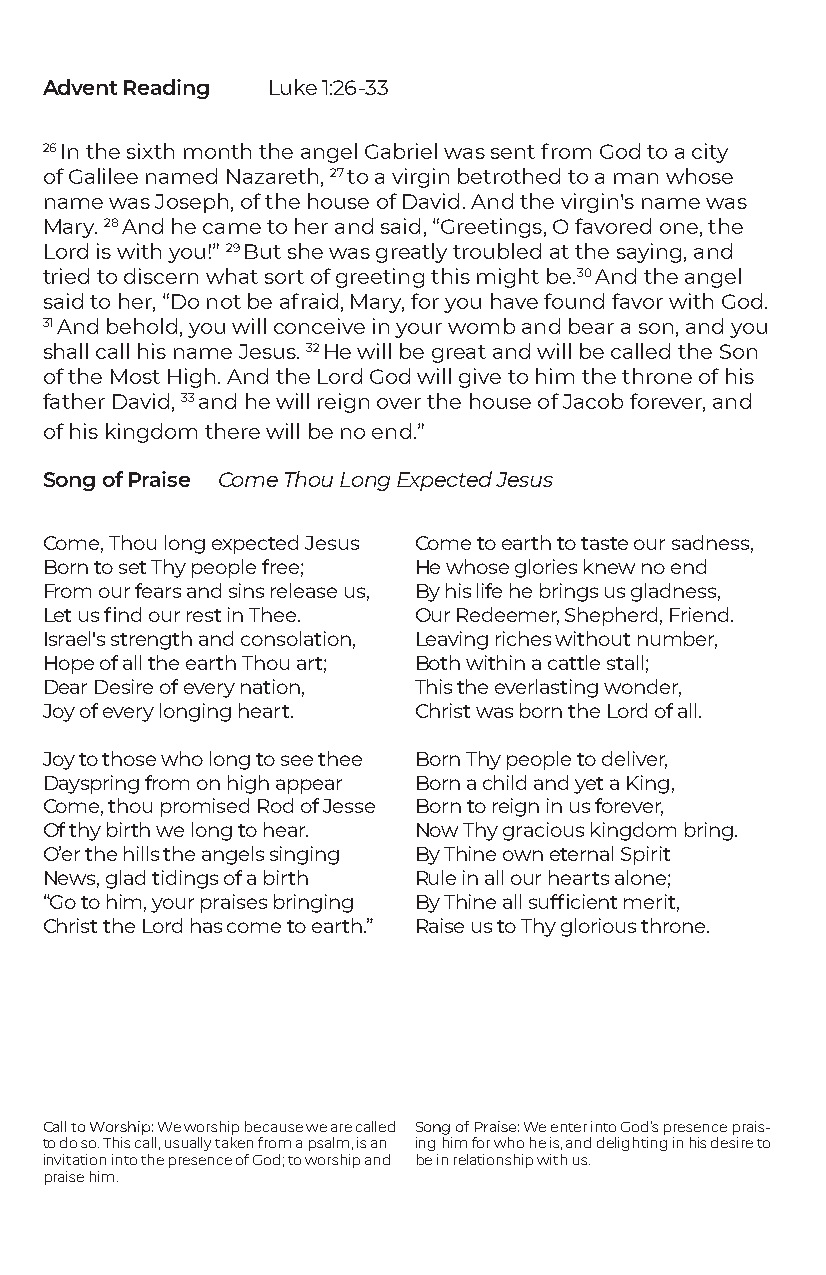
Advent Reading Luke 1:26-33
 26 In the sixth month the angel Gabriel was sent from God to a city
 of Galilee named Nazareth, 27 to a virgin betrothed to a man whose
 name was Joseph, of the house of David. And the virgin's name was
 Mary. 28 And he came to her and said, “Greetings, O favored one, the
 Lord is with you!” 29 But she was greatly troubled at the saying, and
 tried to discern what sort of greeting this might be.30 And the angel
 said to her, “Do not be afraid, Mary, for you have found favor with God.
 31 And behold, you will conceive in your womb and bear a son, and you
 shall call his name Jesus. 32 He will be great and will be called the Son
 of the Most High. And the Lord God will give to him the throne of his
 father David, 33 and he will reign over the house of Jacob forever, and
 of his kingdom there will be no end.”
 Song of Praise Come Thou Long Expected Jesus
 Come, Thou long expected Jesus Come to earth to taste our sadness,
 Born to set Thy people free; He whose glories knew no end
 From our fears and sins release us, By his life he brings us gladness,
 Let us find our rest in Thee. Our Redeemer, Shepherd, Friend.
 Israel's strength and consolation, Leaving riches without number,
 Hope of all the earth Thou art; Both within a cattle stall;
 Dear Desire of every nation, This the everlasting wonder,
 Joy of every longing heart. Christ was born the Lord of all.
 Joy to those who long to see thee Born Thy people to deliver,
 Dayspring from on high appear Born a child and yet a King,
 Come, thou promised Rod of Jesse Born to reign in us forever,
 Of thy birth we long to hear. Now Thy gracious kingdom bring.
 O’er the hills the angels singing By Thine own eternal Spirit
 News, glad tidings of a birth Rule in all our hearts alone;
 “Go to him, your praises bringing By Thine all sufficient merit,
 Christ the Lord has come to earth.” Raise us to Thy glorious throne.
 Call to Worship: We worship because we are called Song of Praise: We enter into God’s presence prais-
 to do so. This call, usually taken from a psalm, is an ing him for who he is, and delighting in his desire to
 invitation into the presence of God; to worship and be in relationship with us.
 praise him.